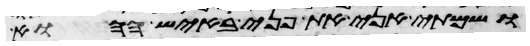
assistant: ושמתי אני את פני באיש ההוא